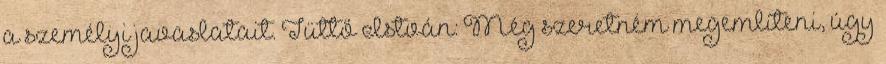
a személyi javaslatait. Tüttő István: Még szeretném megemlíteni, úgy